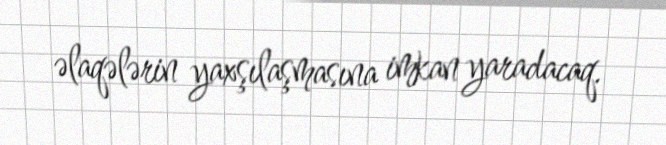
əlaqələrin yaxşılaşmasına imkan yaradacaq.